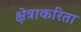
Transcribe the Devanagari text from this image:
क्षेत्राकरिता